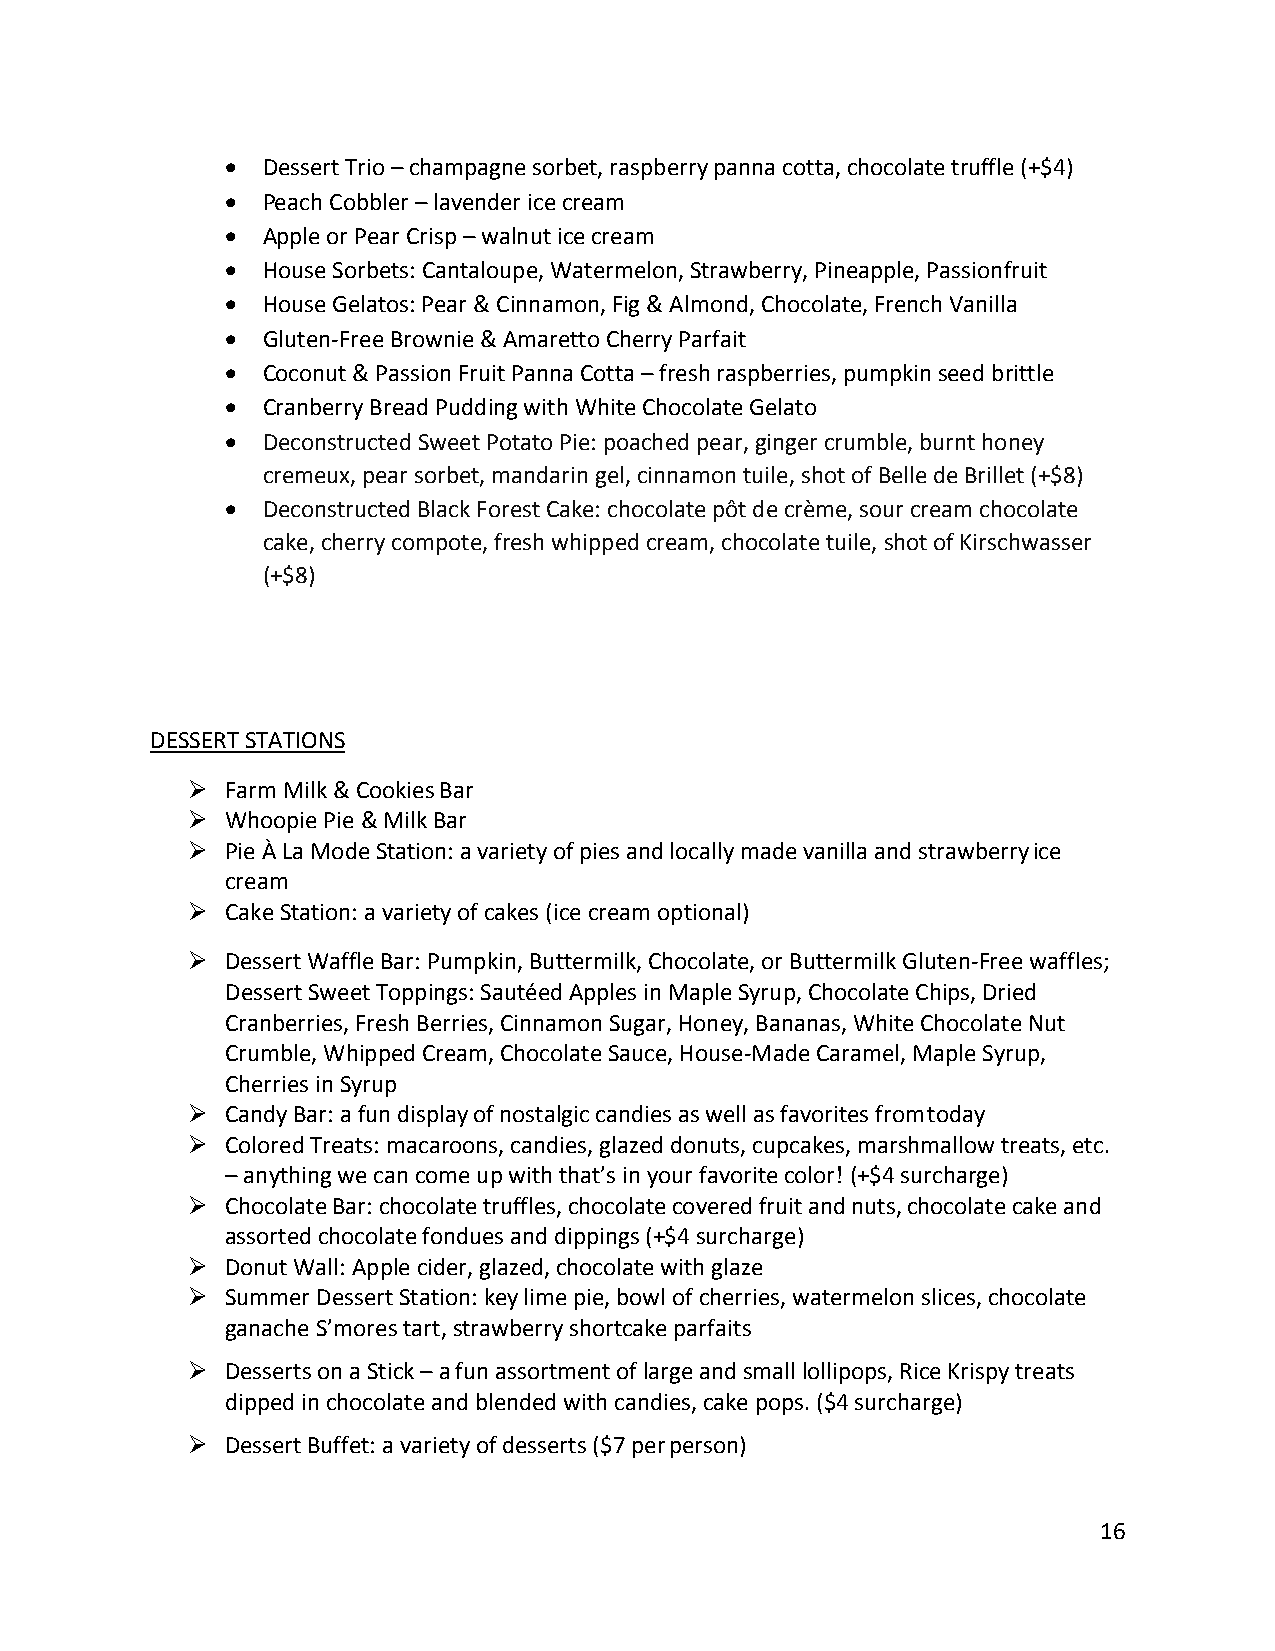
• Dessert Trio – champagne sorbet, raspberry panna cotta, chocolate truffle (+$4)
 • Peach Cobbler – lavender ice cream
 • Apple or Pear Crisp – walnut ice cream
 • House Sorbets: Cantaloupe, Watermelon, Strawberry, Pineapple, Passionfruit
 • House Gelatos: Pear & Cinnamon, Fig & Almond, Chocolate, French Vanilla
 • Gluten-Free Brownie & Amaretto Cherry Parfait
 • Coconut & Passion Fruit Panna Cotta – fresh raspberries, pumpkin seed brittle
 • Cranberry Bread Pudding with White Chocolate Gelato
 • Deconstructed Sweet Potato Pie: poached pear, ginger crumble, burnt honey
 cremeux, pear sorbet, mandarin gel, cinnamon tuile, shot of Belle de Brillet (+$8)
 • Deconstructed Black Forest Cake: chocolate pôt de crème, sour cream chocolate
 cake, cherry compote, fresh whipped cream, chocolate tuile, shot of Kirschwasser
 (+$8)
 DESSERT STATIONS
 ➢  Farm Milk & Cookies Bar
 ➢  Whoopie Pie & Milk Bar
 ➢  Pie À La Mode Station: a variety of pies and locally made vanilla and strawberry ice
 cream
 ➢  Cake Station: a variety of cakes (ice cream optional)
 ➢  Dessert Waffle Bar: Pumpkin, Buttermilk, Chocolate, or Buttermilk Gluten-Free waffles;
 Dessert Sweet Toppings: Sautéed Apples in Maple Syrup, Chocolate Chips, Dried
 Cranberries, Fresh Berries, Cinnamon Sugar, Honey, Bananas, White Chocolate Nut
 Crumble, Whipped Cream, Chocolate Sauce, House-Made Caramel, Maple Syrup,
 Cherries in Syrup
 ➢  Candy Bar: a fun display of nostalgic candies as well as favorites from today
 ➢  Colored Treats: macaroons, candies, glazed donuts, cupcakes, marshmallow treats, etc.
 – anything we can come up with that’s in your favorite color! (+$4 surcharge)
 ➢  Chocolate Bar: chocolate truffles, chocolate covered fruit and nuts, chocolate cake and
 assorted chocolate fondues and dippings (+$4 surcharge)
 ➢  Donut Wall: Apple cider, glazed, chocolate with glaze
 ➢  Summer Dessert Station: key lime pie, bowl of cherries, watermelon slices, chocolate
 ganache S’mores tart, strawberry shortcake parfaits
 ➢  Desserts on a Stick – a fun assortment of large and small lollipops, Rice Krispy treats
 dipped in chocolate and blended with candies, cake pops. ($4 surcharge)
 ➢  Dessert Buffet: a variety of desserts ($7 per person)
 16